EAOK_Sinod, lk 19
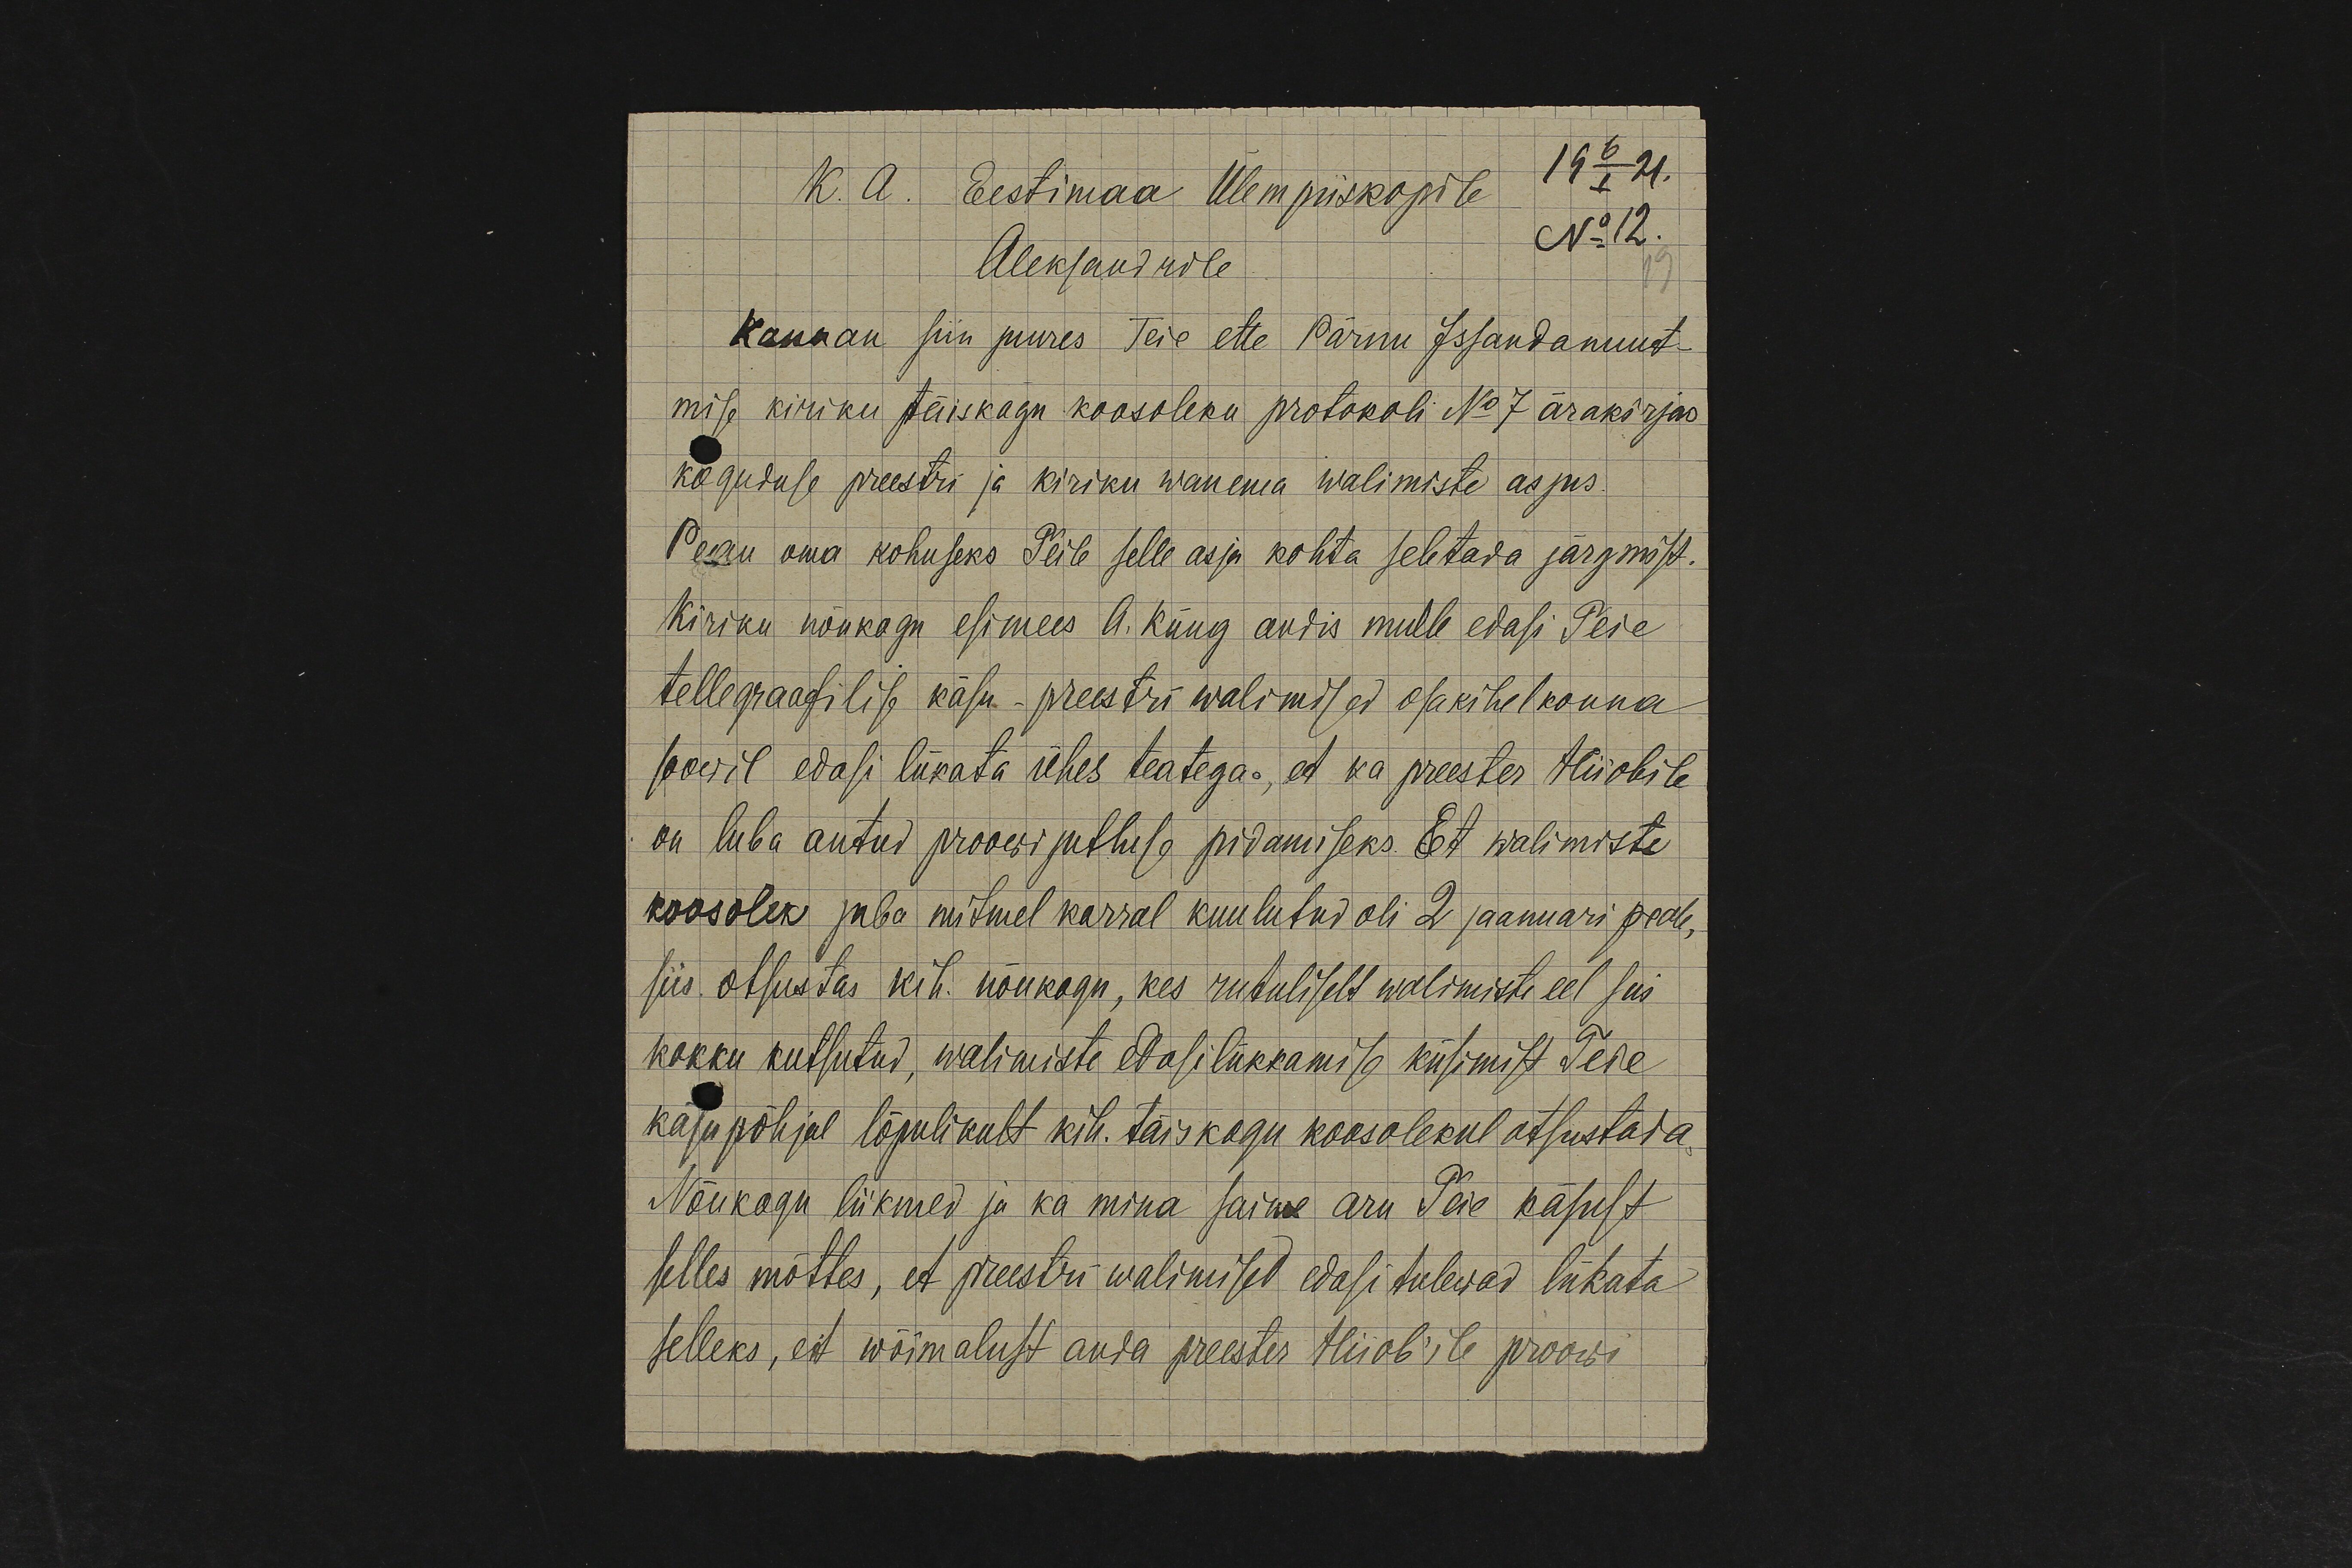
19 6/I 21.
K. A. Eestimaa Ülempiiskopile
Aleksandrile
No 12.
Kannan siin juures Teie ette Pärnu Issandamuut-
mise kiriku täiskogu koosoleku protokoli No 7 ärakirjas
koguduse preestri ja kiriku wanema walimiste asjus.
Pean oma kohuseks Teile selle asja kohta seletada järgmist.
Kiriku nõukogu esimees A. Küng andis mulle edasi Teie
tellegraafilise käsu – preestri walimised osa kihelkonna
soowil edasi lükata ühes teatega, et ka preester Hiiobile
on luba antud proowi jutluse pidamiseks. Et walimiste
koosolek juba mitmel korral kuulutud oli 2 jaanuari peale,
siis. otsustas kih. nõukogu, kes rutuliselt walimiste eel sai
kokku kutsutud, walimiste edasilükkamise küsimist. Teie
käsu põhjal lõpulikult kih. täiskogu koosolekul otsustada
Nõukogu liikmed ja ka mina saime aru Teie käsust
selles mõttes, et preestri walimised edasi tulewad lükata
selleks, et wõimalust anda preester Hiiob'ile proowi